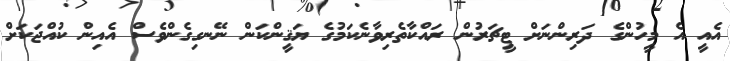
އެއީ އެ މީހުންގެ ދަރިންނަށް ޓީޗަރުން ރައްކާތެރިވާނެކަމުގެ ޔަޤީންކަން ނޭނގިގެންވެސް އެއިިން ކުއްޖަކަށް